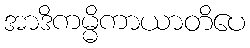
အာဒိကမ္မိကာယာတိပေ